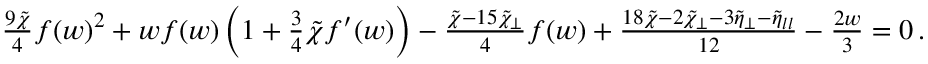
\begin{array} { r } { \frac { 9 \tilde { \chi } } { 4 } f ( w ) ^ { 2 } + w f ( w ) \left( 1 + \frac { 3 } { 4 } \tilde { \chi } f ^ { \prime } ( w ) \right) - \frac { \tilde { \chi } - 1 5 \tilde { \chi } _ { \perp } } { 4 } f ( w ) + \frac { 1 8 \tilde { \chi } - 2 \tilde { \chi } _ { \perp } - 3 \tilde { \eta } _ { \perp } - \tilde { \eta } _ { l l } } { 1 2 } - \frac { 2 w } { 3 } = 0 \, . } \end{array}